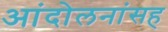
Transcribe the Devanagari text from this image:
आंदोलनांसह